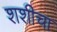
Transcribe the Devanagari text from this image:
शशीचा